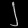
Digit: ၂